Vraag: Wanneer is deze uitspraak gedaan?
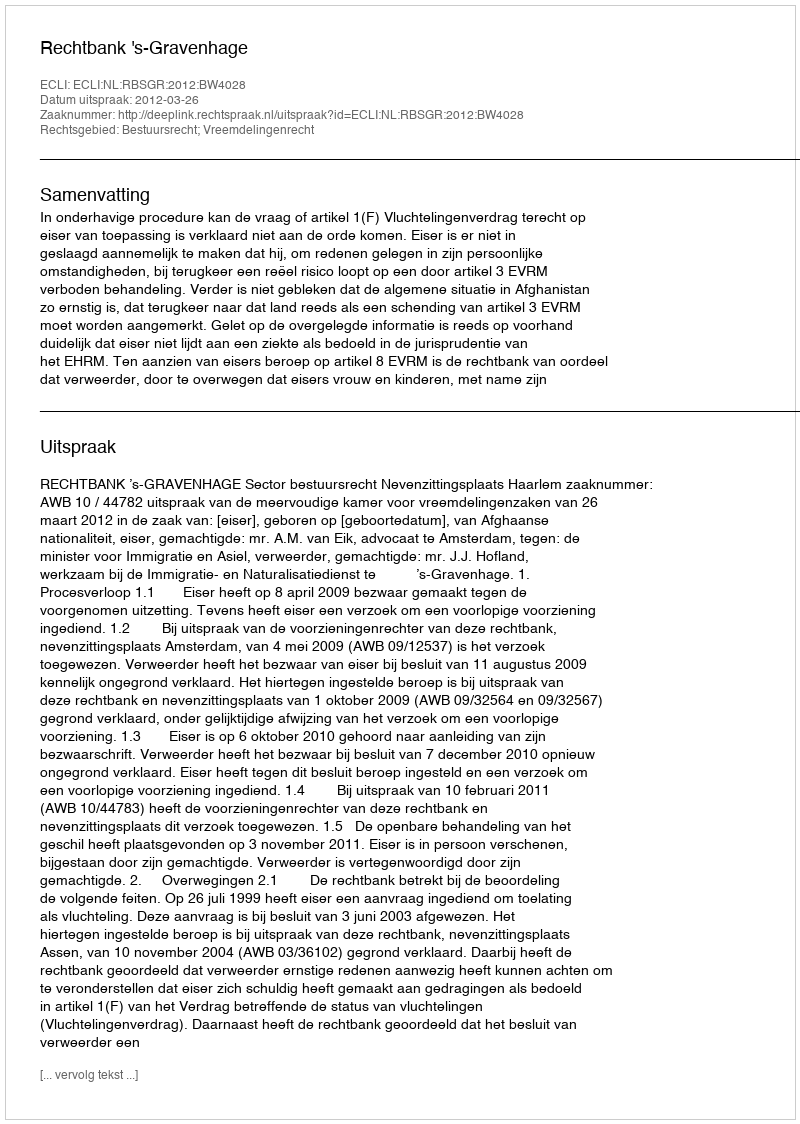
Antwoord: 2012-03-26